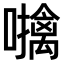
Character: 𫬜